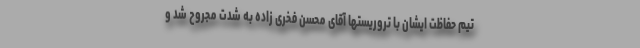
تیم حفاظت ایشان با تروریستها آقای محسن فخری زاده به شدت مجروح شد و